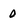
Character: 0